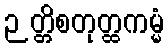
ဉတ္တိစတုတ္ထကမ္မံ